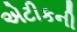
એટીકની